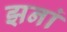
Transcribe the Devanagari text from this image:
झनां